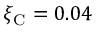
\xi _ { \mathrm { C } } = 0 . 0 4